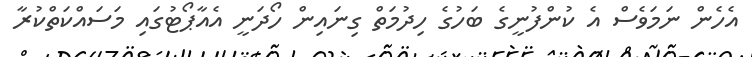
އެހެން ނަމަވެސް އެ ކުންފުނީގެ ބަހުގެ ހިދުމަތް ގިނައިން ހޯދަނީ އެއާޕޯޓުގައި މަސައްކަތްކުރާ